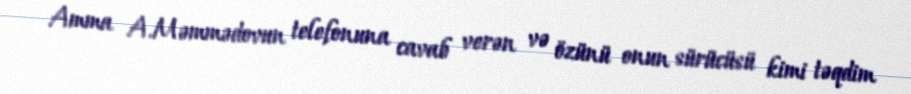
Amma A.Məmmədovun telefonuna cavab verən və özünü onun sürücüsü kimi təqdim